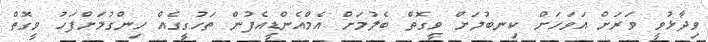
ވިދާޅުވީ ވަރަށް އަވަހަށް ކިނބުލަށް ވީގޮތް ބެލުމަށް އެމްއެންޑީއެފުން ތަހުގީގެއް ހިންގުމަށްފަހު ވީގޮތް